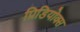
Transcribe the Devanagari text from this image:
प्रिडियोक्स